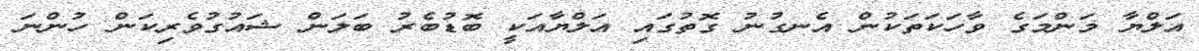
އަލްޔާ މަންމަގެ ވާހަކަތަކުން އެނގުނު ގޮތުގައި އަލްޔާއަކީ ބޮޑުބެރު ބަލަން ޝައުގުވެރިކަން ހުންނަ